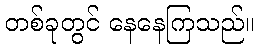
တစ်ခုတွင် နေနေကြသည်။